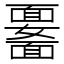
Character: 𩉆